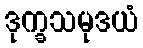
ဒုက္ခသမုဒယံ